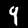
Digit: 9